Scottish Leaving Certificate Examination, 1959
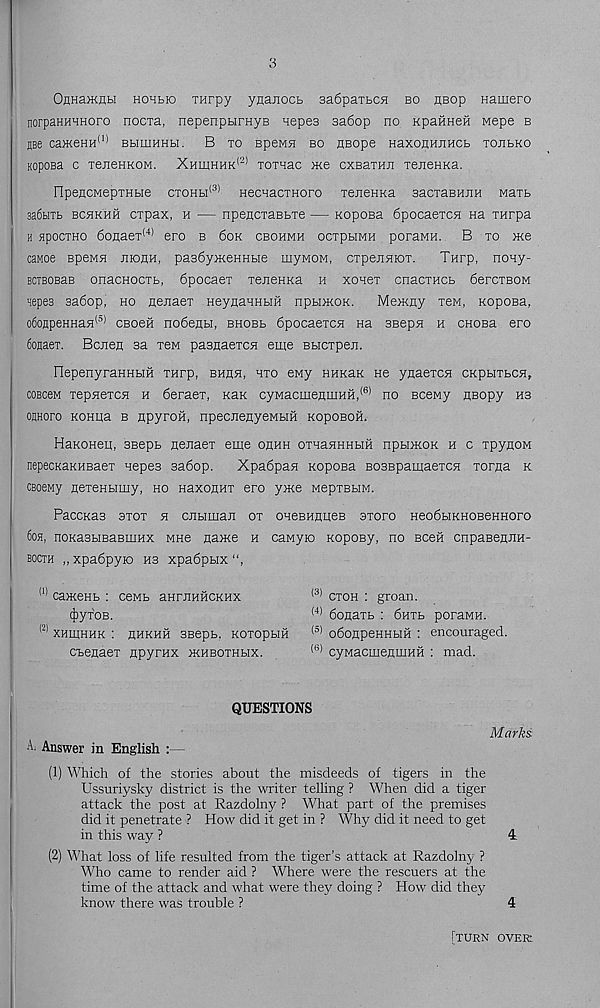
3
OnHa>KHH hohbio THrpy ynanocb 3a6paibC5i bo neop Hamero
norpaHHHHoro nocxa, nepenpurnyB nepea 3a6op no KpaHHefi Mepe b
jee ca>KeHH (1) bhiuhhh. B to BpeM5i bo nBope HaxonHJiHCb tojibko
Koposa c xeneHKOM. Xhihhhk (2) xoxHac me cxBaTHn xejieHKa.
npencMepxHbie ctohh (3) HecnacTHoro xejieHKa sacxaBHJiH waxt
3a6biTt. BcnKHH cxpax, m — npeflcxaBbTe — Koposa 6pocaexc5i na xnrpa
h apocTHO 6oHaex (4) ero b 6ok cbohmh ocxpbiMH poraMH. B to me
caMoe speMH jhohh, pa36ymeHHbie myMOM, cxpexunox.
Tnrp, nony-
BCiBOBaB onacHocxb, 6pocaex xenenKa n xonex cnacxHOb 6ercxBOM
aepes 3a6op, ho nejiaex HeynaHHbifl npbimoK.
Memny xen, Koposa,
o6oapeHHafl (5) CBoeix no6enbi, BHOBb 6pocaexcH na 3Bepn h CHOBa ero
6onaex. Bcnen sa xeM pasnaexcH eme Bbicxpert.
FlepenyraHHHH THrp, bhhh, hto ewy HHKaK He ynaexcH ckphtbch,
C0BC6M TepnexcH h 6eraex, Kan cyMacmeniiiHH, (6) no Bcewy flBopy hs
OHHoro KOHna b npyroii, npecnenyeMbm KoposoH.
HaKOHen, 3Bepb nenaex eme ohhh OTHaHHHHH npbimoK h c xpynoM
nepecKaKHBaex nepes 3a6op.
Xpa6pan xopoBa BosBpamaexcH xorna k
CBoeMy nexenbimy, ho HaxoHHT ero yme MepxBbiM.
PaccKas 3T0T h CJibiman ox oneBHHHeB sxoro Heo6biKHOBeHHOro
6oh, noKasbiBaBmHx mhb name h caMyio xopoBy, no Been cnpasenJin-
bocth „ xpa6pyio ns xpa6pbix
(1) camenb : cewb anrjiHHCKHX
4>yfoB.
(2) XHmHHK : HHKHH 3Bepb, KOTOpblH
cbenaeT npyrnx mnsoTHbix.
(3) ctoh : groan.
(4) 6onaxb : 6htb poraMH.
(s) o6onpeHHbiH : encouraged.
(6) cyMacmeniiiHH : mad.
QUESTIONS
Marks
A. Answer in English :—
(1) Which of the stories about the misdeeds of tigers in the
Ussuriysky district is the writer telling ? When did a tiger
attack the post at Razdolny ? What part of the premises
did it penetrate ? How did it get in ? Why did it need to get
in this way ?
4.
(2) What loss of life resulted from the tiger’s attack at Razdolny ?
Who came to render aid ? Where were the rescuers at the
time of the attack and what were they doing ? How did they
know there was trouble ?
4
[turn over